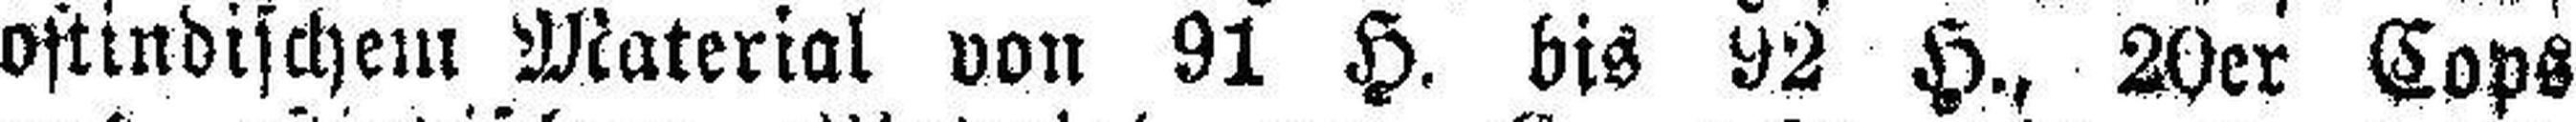
ostindischem Material von 91 H. bis 92 H., 20er Cops